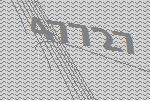
47727